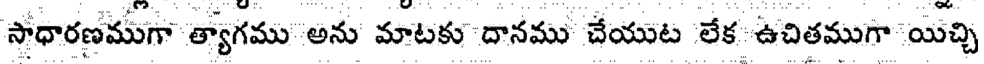
సాధారణముగా త్యాగము అను మాటకు దానము చేయుట లేక ఉచితముగా యిచ్చి